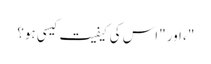
"، اور "اس کی کیفیت کیسی ہو؟